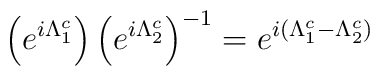
\left( e^{i\Lambda _1^c}\right) \left( e^{i\Lambda _2^c}\right)^{-1}=e^{i(\Lambda _1^c-\Lambda _2^c)}